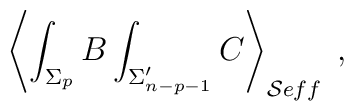
\left\langle \int_{\Sigma _p}B\int_{\Sigma _{n-p-1}^{\prime }}C\right\rangle_{\mathcal{S}eff}\;,